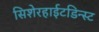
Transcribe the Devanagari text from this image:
सिशेरहाईटडिन्स्ट